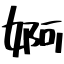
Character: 婀